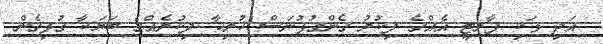
އަދި ވަކި ޕާރޓީ އެއްގެ ފިކުރު ގެންގުޅުނަސް ހުރިހާ ފިކުރެއްގެ ބަޔަކާ ގުޅިގެން